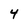
Character: 4